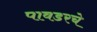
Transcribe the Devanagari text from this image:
पावडरचे